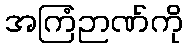
အကြံဉာဏ်ကို